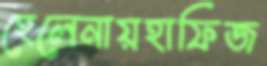
হেলেনায়হাফিজ